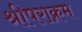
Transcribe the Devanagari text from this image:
श्रीपराक्रम